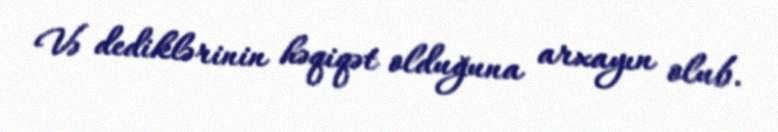
Və dediklərinin həqiqət olduğuna arxayın olub.